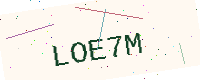
Text: LOE7M